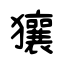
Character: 獽